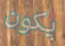
يكون